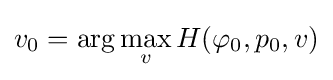
v_{0}=\arg \max _{v}H(\varphi _{0},p_{0},v)